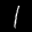
Label: 1